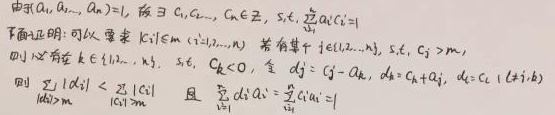
由于\((a_{1}, a_{2}, \cdots, a_{n}) = 1\)，故\(\exists\ c_{1}, c_{2}, \cdots, c_{n}\in \mathbb{Z}\)，使得\(\sum_{i = 1}^{n}a_{i}c_{i}=1\)。下面证明：可以要求\(\vert c_{i}\vert\leq m\ (i = 1,2,\cdots,n)\)。

若有某个\(j\in \{1,2,\cdots,n\}\)，使得\(\vert c_{j}\vert > m\)，则必有\(k\in \{1,\cdots, n\}\)，使得\(c_{k}<0\)。令\(d_{j}= c_{j}- a_{k}\)，\(d_{k}=c_{k}+ a_{j}\)，\(d_{i}= c_{i}\ (i\neq j,k)\)，则\(\sum_{i = 1}^{n}\vert d_{i}\vert<\sum_{i = 1}^{n}\vert c_{i}\vert\)且\(\sum_{i = 1}^{n}d_{i}a_{i}=\sum_{i = 1}^{n}c_{i}a_{i}=1\)。